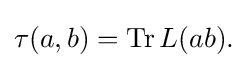
\displaystyle {\tau (a,b)=\mathrm {Tr} \,L(ab).}